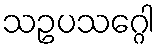
သဥပသဂ္ဂေါ